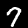
Digit: 7